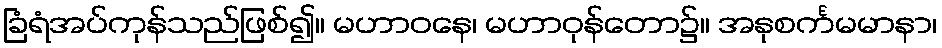
ခြံရံအပ်ကုန်သည်ဖြစ်၍။ မဟာဝနေ၊ မဟာဝုန်တော၌။ အနုစင်္ကမမာနာ၊